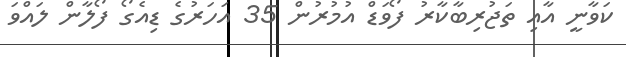
ކަވާނީ އާއި ތަޖުރިބާކާރު ފޯވަޑް އުމުރުން 35 އަަހަރުގެ ޑިއެގޯ ފޯލާން ލައްވަ